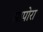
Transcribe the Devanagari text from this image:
सापोरा